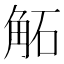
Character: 𧣔